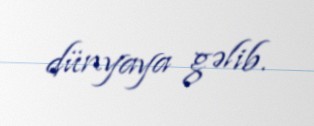
dünyaya gəlib.